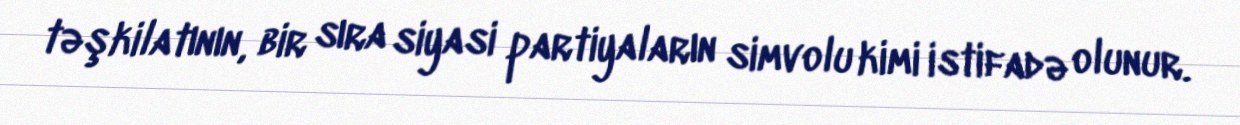
təşkilatının, bir sıra siyasi partiyaların simvolu kimi istifadə olunur.